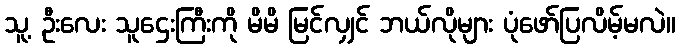
သူ့ ဦးလေး သူဌေးကြီးကို မိမိ မြင်လျှင် ဘယ်လိုများ ပုံဖော်ပြလိမ့်မလဲ။